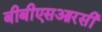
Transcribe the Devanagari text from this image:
बीबीएसआरसी